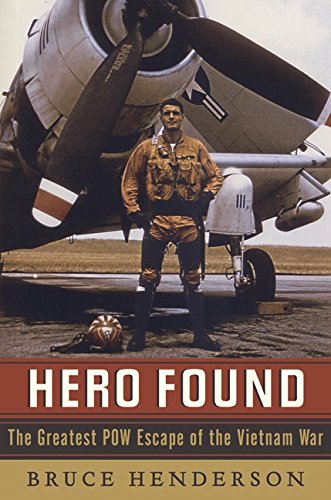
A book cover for Hero Found: The Greatest POW Escape of the Vietnam War; Bruce Henderson; History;